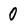
Character: 0